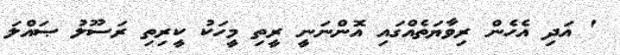
' އަދި އެހެން ރިވާޔަތެއްގައި އޮންނަނީ ރީތި މީހަކު ކީރިތި ރަސޫލު ޞައްލަ